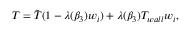
T = \tilde { T } ( 1 - \lambda ( \beta _ { 3 } ) w _ { i } ) + \lambda ( \beta _ { 3 } ) T _ { w a l l } w _ { i } ,